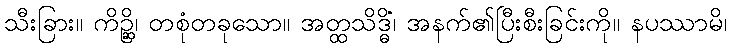
သီးခြား။ ကိဉ္ဆိ၊ တစုံတခုသော။ အတ္ထသိဒ္ဓိံ၊ အနက်၏ပြီးစီးခြင်းကို။ နပဿာမိ၊